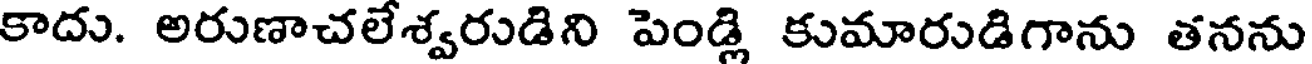
కాదు. అరుణాచలేశ్వరుడిని పెండ్లి కుమారుడిగాను తనను